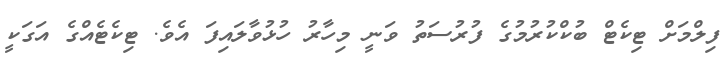
ފިލްމަށް ޓިކެޓް ބުކްކުރުމުގެ ފުރުސަތު ވަނީ މިހާރު ހުޅުވާލައިފަ އެވެ. ޓިކެޓެއްގެ އަގަކީ